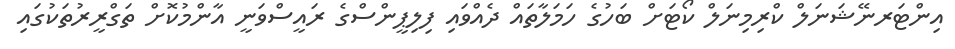
އިންޓަރނޭޝަނަލް ކްރިމިނަލް ކޯޓަށް ބަހުގެ ހަމަލާތައް ދެއްވައި ފިލިޕީންސްގެ ރައީސްވަނީ އާންމުކޮށް ތަގްރީރުތަކުގައި